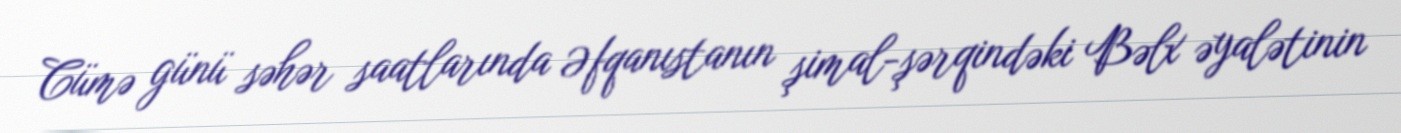
Cümə günü səhər saatlarında Əfqanıstanın şimal-şərqindəki Bəlx əyalətinin